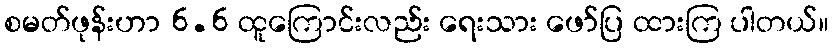
စမတ်ဖုန်းဟာ 6.6 ထူကြောင်းလည်း ရေးသား ဖော်ပြ ထားကြ ပါတယ်။